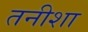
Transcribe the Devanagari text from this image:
तनीशा